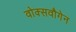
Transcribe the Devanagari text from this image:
वोक्सवौगेन